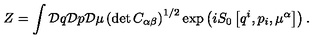
Z = \int { \cal D } q { \cal D } p { \cal D } \mu \left( \det C _ { \alpha \beta } \right) ^ { 1 / 2 } \exp \left( i S _ { 0 } \left[ q ^ { i } , p _ { i } , \mu ^ { \alpha } \right] \right) .